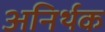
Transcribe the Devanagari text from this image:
अनिर्थक